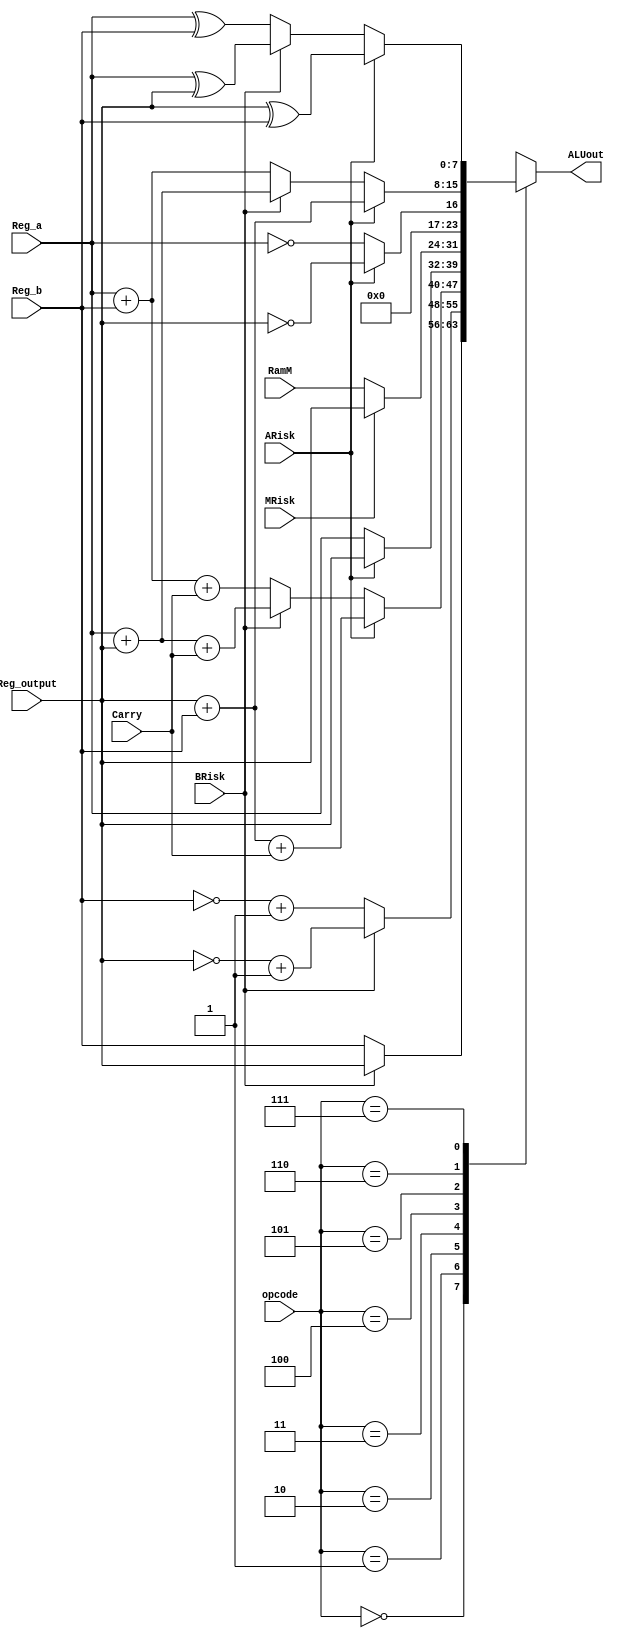
`timescale 1ns / 1ps
//////////////////////////////////////////////////////////////////////////////////
// Company: 
// Engineer: 
// 
// Design Name: 
// Module Name: ALU
// Project Name: 
// Target Devices: 
// Tool Versions: 
// Description: 
// 
// Dependencies: 
// 
// Revision:
// Revision 0.01 - File Created
// Additional Comments:
// 
//////////////////////////////////////////////////////////////////////////////////

//When Arisk==1,Reg_a will be replaced by Reg_output, so do Reg_b and RamM
module ALU(
input ARisk,BRisk,MRisk,
input [2:0]opcode,
input [7:0]Reg_a,Reg_b,RamM,Reg_output,
input Carry,
output reg [7:0]ALUout//delete "sign"
    );
    wire [7:0] sum;
    always@(*)
        case(opcode)
            3'b000:ALUout = (BRisk == 1) ? Reg_output : Reg_b; // R1
            3'b001:ALUout = (BRisk == 1) ? ~Reg_output + 1'b1 : ~Reg_b + 1'b1; // -R1
            3'b010:ALUout = (ARisk == 1) ? Reg_output + Reg_b + Carry: (BRisk == 1) ? Reg_a + Reg_output + Carry: Reg_a + Reg_b + Carry; // R0+R1+Carry
            3'b011:ALUout = (ARisk == 1) ? Reg_output : Reg_a; // R0
            3'b100:ALUout = (MRisk == 1) ? Reg_output : RamM;
            3'b101:ALUout = (ARisk == 1) ? !Reg_output : !Reg_a;
            3'b110:ALUout = (ARisk == 1) ? Reg_output + Reg_b: (BRisk == 1) ? Reg_a + Reg_output: Reg_a + Reg_b; // R0+R1
            3'b111:ALUout = (ARisk == 1) ? Reg_output ^ Reg_b : (BRisk == 1) ? Reg_a ^ Reg_output : Reg_a ^ Reg_b; //R0^R1(XOR)
        endcase
endmodule